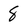
Character: 8